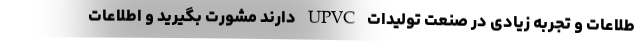
طلاعات و تجربه زیادی در صنعت تولیدات UPVC دارند مشورت بگیرید و اطلاعات